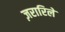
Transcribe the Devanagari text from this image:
ज़रारिले